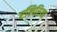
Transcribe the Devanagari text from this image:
एलिरिया